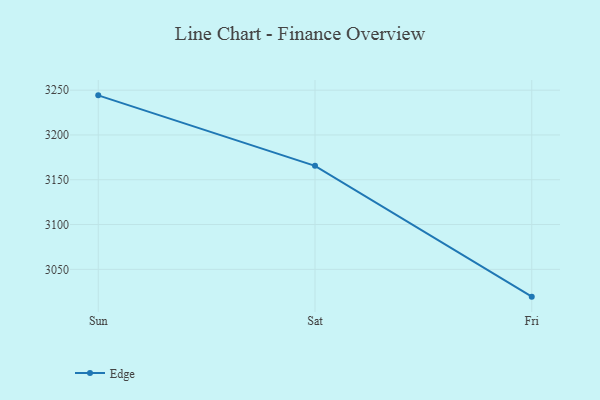
{"axis": {"x": "Day", "y": "Headcount"}, "legend": ["Edge"], "data": [{"x": "Sun", "y": 3244.2, "type": "Edge"}, {"x": "Sat", "y": 3165.5, "type": "Edge"}, {"x": "Fri", "y": 3019.5, "type": "Edge"}]}